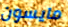
مايسون